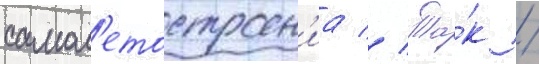
самол'етостроен'иа // Та́к /